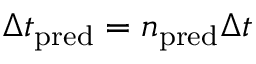
\Delta t _ { \mathrm { p r e d } } = n _ { \mathrm { p r e d } } \Delta t